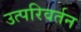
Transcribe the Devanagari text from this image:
उत्परिवर्तन